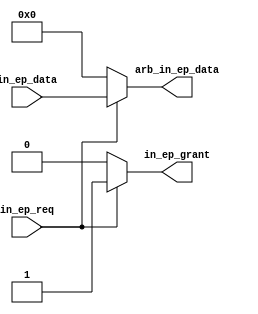
module usb_fs_in_arb #(
  parameter NUM_IN_EPS = 1
) (
  ////////////////////
  // endpoint interface
  ////////////////////
  input [NUM_IN_EPS-1:0] in_ep_req,
  output reg [NUM_IN_EPS-1:0] in_ep_grant,
  input [(NUM_IN_EPS*8)-1:0] in_ep_data,


  ////////////////////
  // protocol engine interface
  ////////////////////
  output reg [7:0] arb_in_ep_data
);
  integer i;
  reg grant;

  always @* begin
    grant = 0;

    arb_in_ep_data <= 0;

    for (i = 0; i < NUM_IN_EPS; i = i + 1) begin
      in_ep_grant[i] <= 0;

      if (in_ep_req[i] && !grant) begin
        in_ep_grant[i] <= 1;
        arb_in_ep_data <= in_ep_data[i * 8 +: 8];
        grant = 1;
      end
    end

    // if (!grant) begin
    //    arb_in_ep_data <= 0;
    // end
  end
endmodule